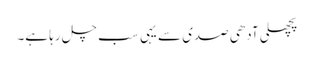
پچھلی آدھی صدی سے یہی سب چل رہا ہے۔